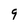
Character: 9